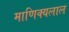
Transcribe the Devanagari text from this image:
माणिक्यलाल